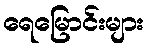
ရေမြောင်းများ